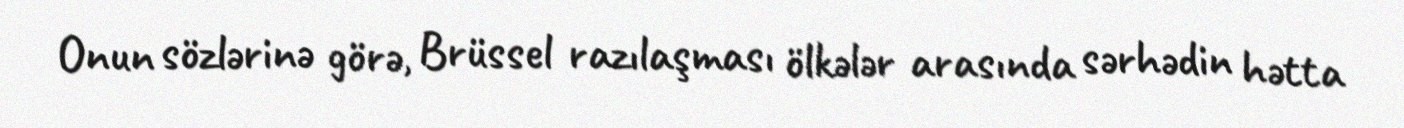
Onun sözlərinə görə, Brüssel razılaşması ölkələr arasında sərhədin hətta